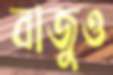
বাজুও